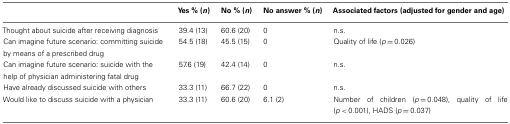
|  | Yes % (n) | No % (n) | No answer % (n) | Associated factors (adjusted for gender and age) |
 | --- | --- | --- | --- | --- |
 | Thought about suicide after receiving diagnosis | 39.4 (13) | 60.6 (20) | 0 | n.s. |
 | Can imagine future scenario: committing suicide by means of a prescribed drug | 54.5 (18) | 45.5 (15) | 0 | Quality of life (p = 0.026) |
 | Can imagine future scenario: suicide with the help of physician administering fatal drug | 57.6 (19) | 42.4 (14) | 0 | n.s. |
 | Have already discussed suicide with others | 33.3 (11) | 66.7 (22) | 0 | n.s. |
 | Would like to discuss suicide with a physician | 33.3 (11) | 60.6 (20) | 6.1 (2) | Number of children (p = 0.048), quality of life (p < 0.001), HADS (p = 0.037) |